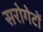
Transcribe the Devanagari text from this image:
सरोगेटों